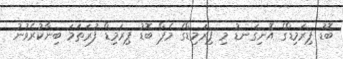
ބޮޑު ޕިރަމިޑްގެ އޮނިގަނޑު މި ޕިރަމިޑްގެ މެޕް ބޮޑު ޕިރަމިޑް ފުރަތަމަ ބިނާކުރެވުނު